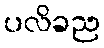
ပလိခည